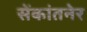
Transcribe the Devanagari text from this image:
सेंकांतनेर